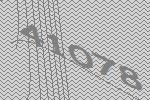
41078